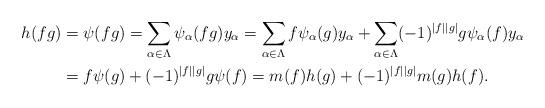
LaTeX: \begin{align*}h(fg)&=\psi(fg)=\sum_{\alpha\in\Lambda}\psi_{\alpha}(fg)y_{\alpha}=\sum_{\alpha\in\Lambda}f\psi_{\alpha}(g)y_{\alpha}+\sum_{\alpha\in\Lambda}(-1)^{|f||g|}g\psi_{\alpha}(f)y_{\alpha}\\&=f\psi(g)+(-1)^{|f||g|}g\psi(f)=m(f)h(g)+(-1)^{|f||g|}m(g)h(f).\end{align*}